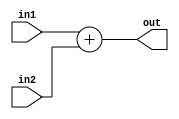
module mux_32 (in1, in2, out);
  
  input [31:0] in1;
  input [31:0] in2;
  output reg [31:0] out;
  

  always @(in1 or in2)
      begin
        out <= in1 + in2;
      end
   
endmodule